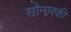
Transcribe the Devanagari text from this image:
सोनारकी